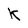
Character: k